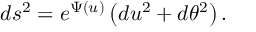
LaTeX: d s ^ { 2 } = e ^ { \Psi ( u ) } \left( d u ^ { 2 } + d \theta ^ { 2 } \right) .